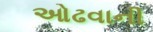
ઓઢવાની